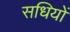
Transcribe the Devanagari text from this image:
सधियों